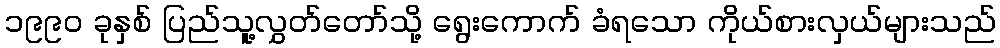
၁၉၉၀ ခုနှစ် ပြည်သူ့လွှတ်တော်သို့ ရွေးကောက် ခံရသော ကိုယ်စားလှယ်များသည်